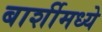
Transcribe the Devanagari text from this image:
बार्शीमध्ये